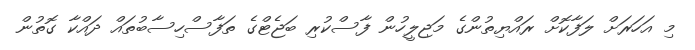
މި އަހަރަށް ލަފާކޮށް ރައްޔިތުންގެ މަޖިލީހުން ފާސްކުރި ބަޖެޓްގެ ތަފާސްހިސާބުތައް ދައްކާ ގޮތުން